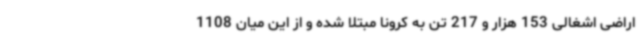
اراضی اشغالی 153 هزار و 217 تن به کرونا مبتلا شده و از این میان 1108